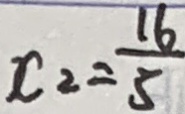
x _ { 2 } = \frac { 1 6 } { 5 }